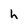
Character: h